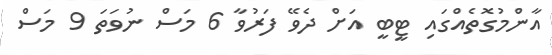
އާންމުގޮތެއްގައި ޓީބީ އަށް ދެވޭ ފަރުވާ 6 މަސް ނުވަތަ 9 މަސް